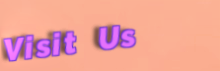
Visit Us